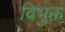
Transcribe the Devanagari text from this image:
विभुक्त